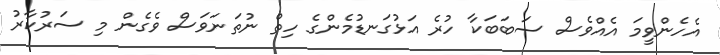
އެހެންވީމަ އެއްވެސް ސަބަބަކާ ހުރެ އަޅުގަނޑުމެންގެ ހިތް ނުތަނަވަސް ވެގެން މި ސަރުކާރު